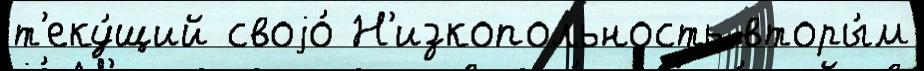
т'еку́щий своjо́ Н'изкопольность вторы́м